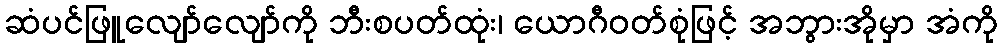
ဆံပင်ဖြူလျော်လျော်ကို ဘီးစပတ်ထုံး၊ ယောဂီဝတ်စုံဖြင့် အဘွားအိုမှာ အံကို